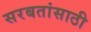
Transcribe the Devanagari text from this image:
सरबतांसाठी